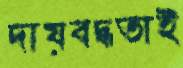
দায়বদ্ধতাই